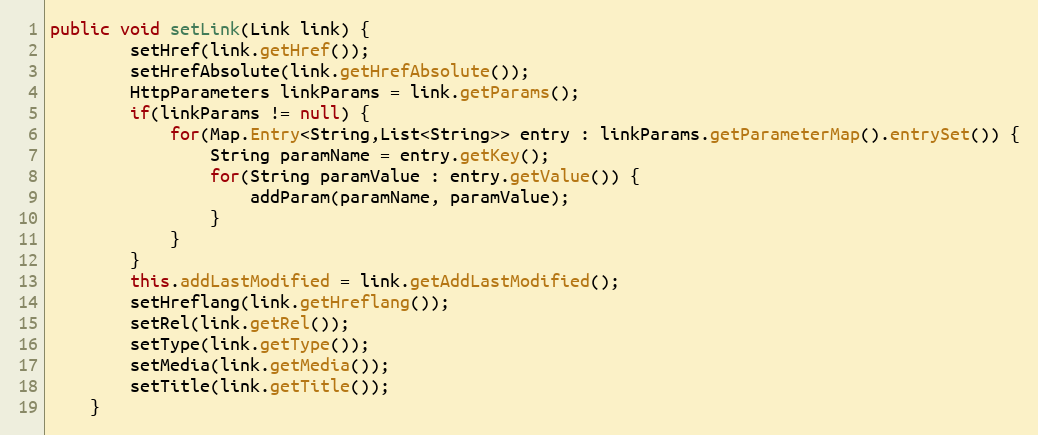
Language: Java
public void setLink(Link link) {
		setHref(link.getHref());
		setHrefAbsolute(link.getHrefAbsolute());
		HttpParameters linkParams = link.getParams();
		if(linkParams != null) {
			for(Map.Entry<String,List<String>> entry : linkParams.getParameterMap().entrySet()) {
				String paramName = entry.getKey();
				for(String paramValue : entry.getValue()) {
					addParam(paramName, paramValue);
				}
			}
		}
		this.addLastModified = link.getAddLastModified();
		setHreflang(link.getHreflang());
		setRel(link.getRel());
		setType(link.getType());
		setMedia(link.getMedia());
		setTitle(link.getTitle());
	}